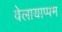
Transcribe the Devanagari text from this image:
वेलायाप्पम